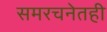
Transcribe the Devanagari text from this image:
समरचनेतही